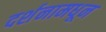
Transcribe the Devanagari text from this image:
दर्शनामधून